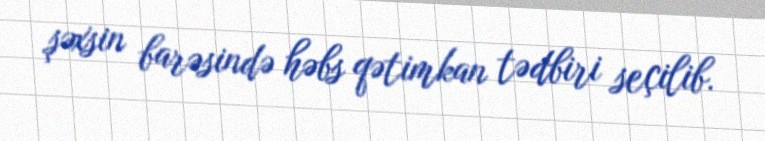
şəxsin barəsində həbs qətimkan tədbiri seçilib.